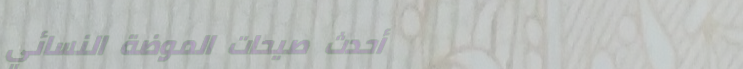
أحدث صيحات الموضة النسائي